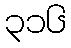
၃၁၆